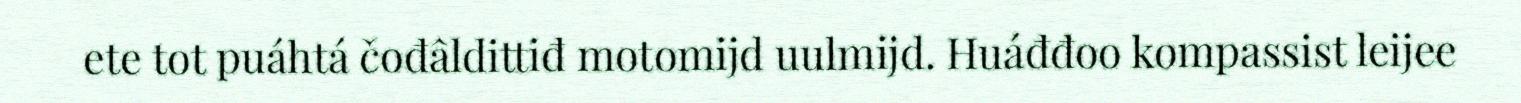
ete tot puáhtá čođâldittiđ motomijd uulmijd. Huáđđoo kompassist leijee